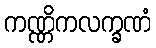
ကဏ္ဏိကလက္ခဏံ